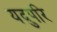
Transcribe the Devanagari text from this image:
यदुपरि